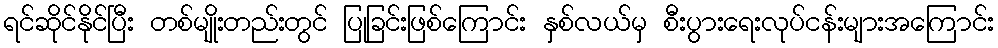
ရင်ဆိုင်နိုင်ပြီး တစ်မျိုးတည်းတွင် ပြုခြင်းဖြစ်ကြောင်း နှစ်လယ်မှ စီးပွားရေးလုပ်ငန်းများအကြောင်း